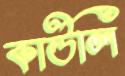
কাউলি